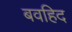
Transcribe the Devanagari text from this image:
बवहिद